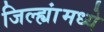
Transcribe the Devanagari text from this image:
जिल्ह्यांंमध्ये